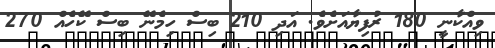
ވިއްކާނީ 180 ރުފިޔާއަށެވެ. އަދި 210 ބިސް ހިމެނޭ ބިސް ކޭހެއް 270